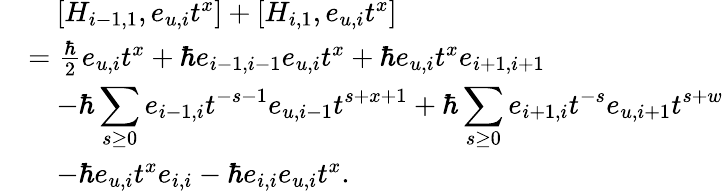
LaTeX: \begin{array}{rl}&{\quad[H_{i-1,1},e_{u,i}t^{x}]+[H_{i,1},e_{u,i}t^{x}]}\\ &{=\frac{\hbar}{2}e_{u,i}t^{x}+\hbar e_{i-1,i-1}e_{u,i}t^{x}+\hbar e_{u,i}t^{x}e_{i+1,i+1}}\\ &{\quad-\hbar\displaystyle\sum_{s\geq 0}e_{i-1,i}t^{-s-1}e_{u,i-1}t^{s+x+1}+\hbar\displaystyle\sum_{s\geq 0}e_{i+1,i}t^{-s}e_{u,i+1}t^{s+w}}\\ &{\quad-\hbar e_{u,i}t^{x}e_{i,i}-\hbar e_{i,i}e_{u,i}t^{x}.}\end{array}